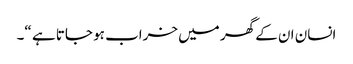
انسان ان کے گھر میں خراب ہو جاتا ہے “۔